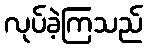
လုပ်ခဲ့ကြသည်